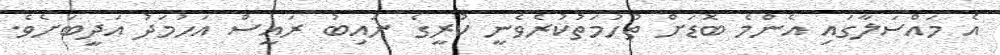
އެ މައްސަލާގައި އެންމެ ބޮޑަށް ތުހުމަތުކުރެވެނީ ކުރީގެ ނައިބު ރައީސް އަހުމަދު އަދީބަށެވެ.